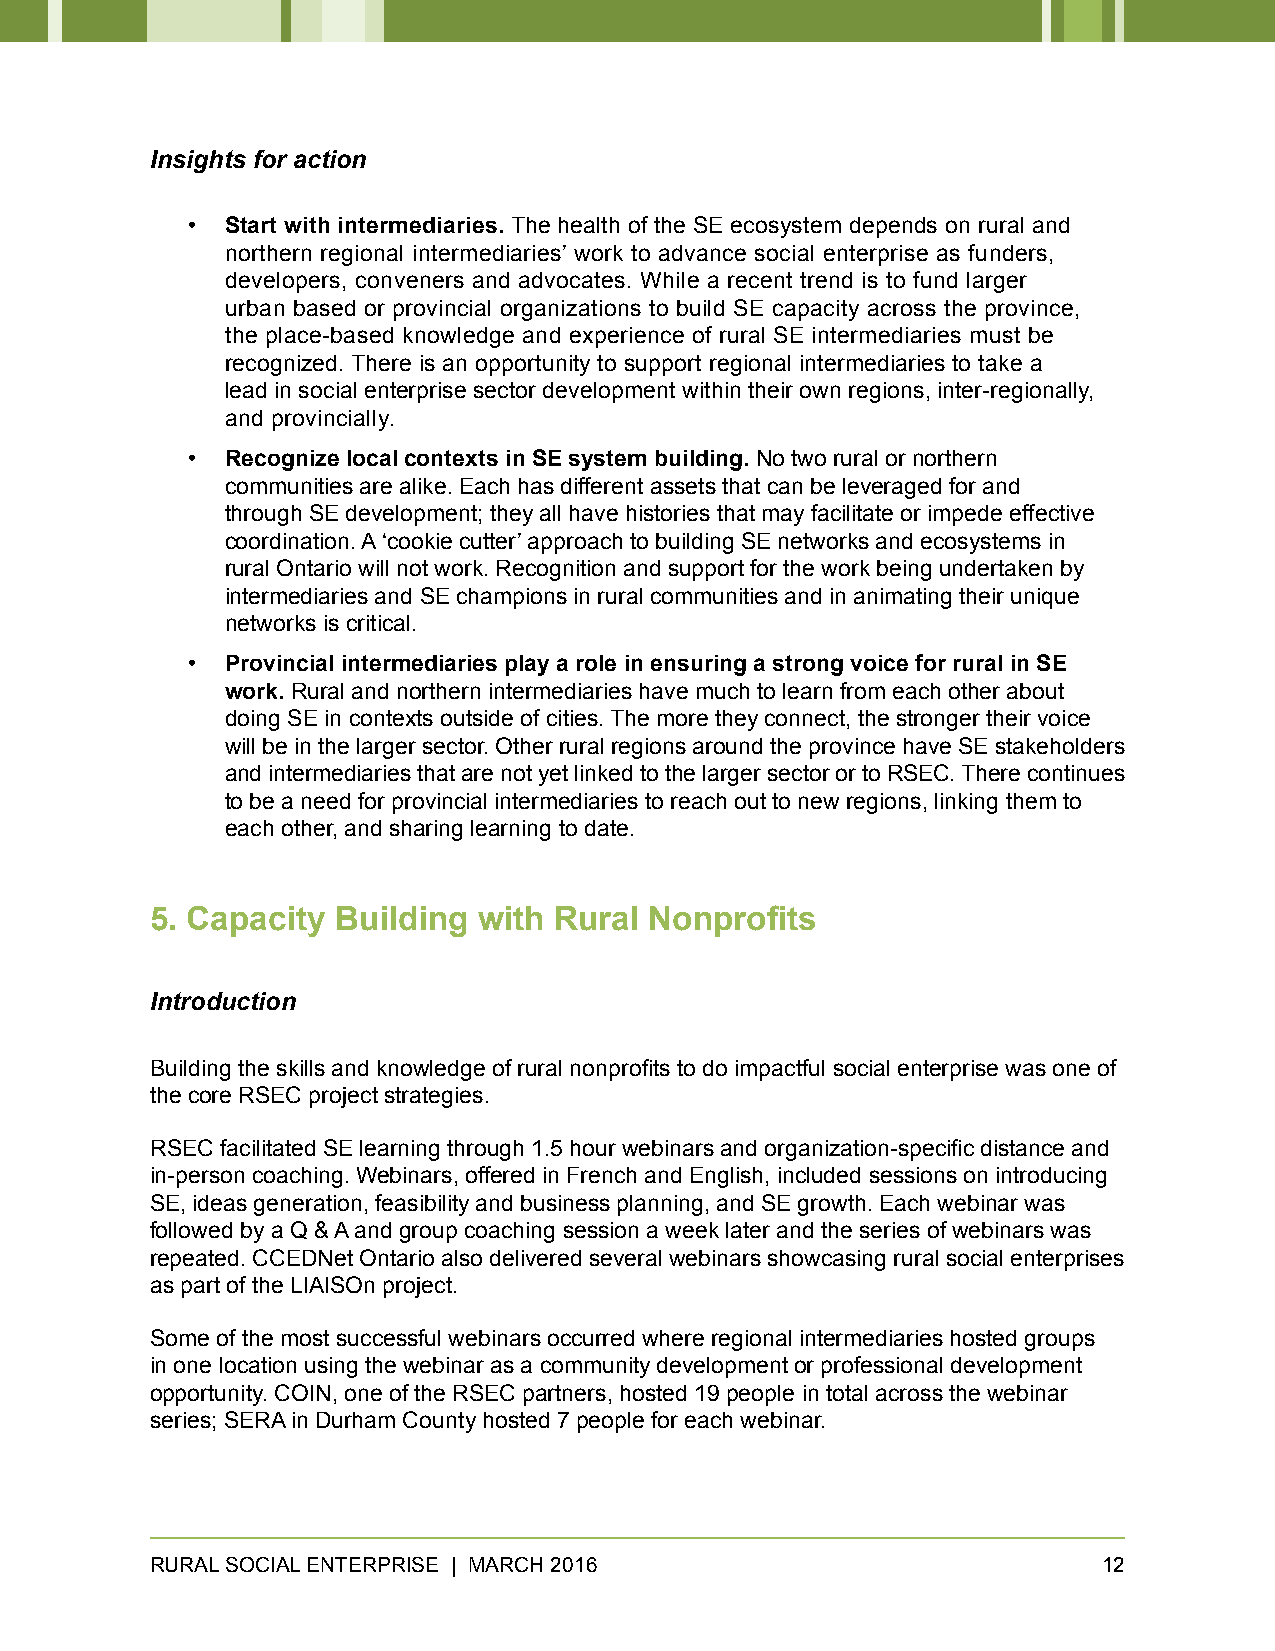
Insights for action
 •  Start with intermediaries. The health of the SE ecosystem depends on rural and
 northern regional intermediaries’ work to advance social enterprise as funders,
 developers, conveners and advocates. While a recent trend is to fund larger
 urban based or provincial organizations to build SE capacity across the province,
 the place-based knowledge and experience of rural SE intermediaries must be
 recognized. There is an opportunity to support regional intermediaries to take a
 lead in social enterprise sector development within their own regions, inter-regionally,
 and provincially.
 •  Recognize local contexts in SE system building. No two rural or northern
 communities are alike. Each has different assets that can be leveraged for and
 through SE development; they all have histories that may facilitate or impede effective
 coordination. A ‘cookie cutter’ approach to building SE networks and ecosystems in
 rural Ontario will not work. Recognition and support for the work being undertaken by
 intermediaries and SE champions in rural communities and in animating their unique
 networks is critical.
 •  Provincial intermediaries play a role in ensuring a strong voice for rural in SE
 work. Rural and northern intermediaries have much to learn from each other about
 doing SE in contexts outside of cities. The more they connect, the stronger their voice
 will be in the larger sector. Other rural regions around the province have SE stakeholders
 and intermediaries that are not yet linked to the larger sector or to RSEC. There continues
 to be a need for provincial intermediaries to reach out to new regions, linking them to
 each other, and sharing learning to date.
 5. Capacity Building  with Rural Nonprofits
 Introduction
 Building the skills and knowledge of rural nonprofits to do impactful social enterprise was one of
 the core RSEC project strategies.
 RSEC facilitated SE learning through 1.5 hour webinars and organization-specific distance and
 in-person coaching. Webinars, offered in French and English, included sessions on introducing
 SE, ideas generation, feasibility and business planning, and SE growth. Each webinar was
 followed by a Q & A and group coaching session a week later and the series of webinars was
 repeated. CCEDNet Ontario also delivered several webinars showcasing rural social enterprises
 as part of the LIAISOn project.
 Some of the most successful webinars occurred where regional intermediaries hosted groups
 in one location using the webinar as a community development or professional development
 opportunity. COIN, one of the RSEC partners, hosted 19 people in total across the webinar
 series; SERA in Durham County hosted 7 people for each webinar.
 RURAL SOCIAL ENTERPRISE | MARCH 2016                           12